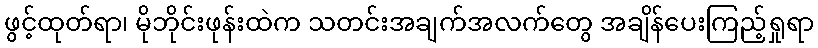
ဖွင့်ထုတ်ရာ၊ မိုဘိုင်းဖုန်းထဲက သတင်းအချက်အလက်တွေ အချိန်ပေးကြည့်ရှုရာ